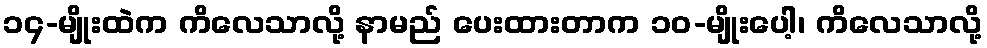
၁၄-မျိုးထဲက ကိလေသာလို့ နာမည် ပေးထားတာက ၁၀-မျိုးပေါ့၊ ကိလေသာလို့